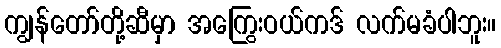
ကျွန်တော်တို့ဆီမှာ အကြွေးဝယ်ကဒ် လက်မခံပါဘူး။